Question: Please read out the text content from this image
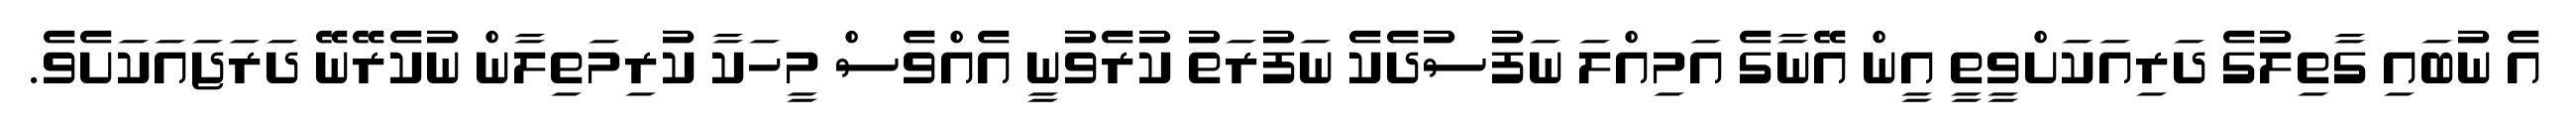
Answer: އެ ނުބައި ގާތިލުގެ ދަރިއަކަށްވީތީ އީން އޭނާގެ އަމިއްލަ ނަފުސުދެކެ ނަފުރަތު ކުރެވުނީ އެއްވެސް މީހަކާ ކުރިމަތިލާން ނުކެރޭނޭ ދަރަޖައަކަށެވެ.